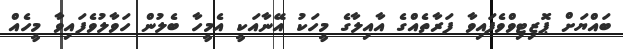
ބައްޔަށް ޕޮޒިޓިވްވެފައިވާ ފަރާތެއްގެ އާއިލާގެ މީހަކު އޭނާއަކީ އެމީހާ ބެލުން ހަވާލުވެފައިވާ މީހެއް